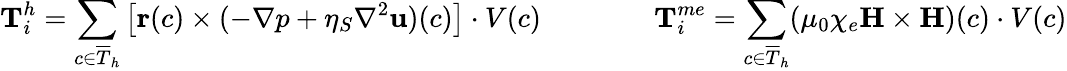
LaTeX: \textbf{T}_{i}^{h}=\sum_{c\in\overline{{T}}_{h}}\left[\textbf{r}(c)\times(-\nabla p+\eta_{S}\nabla^{2}\textbf{u})(c)\right]\cdot V(c)\qquad\qquad\textbf{T}_{i}^{me}=\sum_{c\in\overline{{T}}_{h}}(\mu_{0}\chi_{e}\textbf{H}\times\textbf{H})(c)\cdot V(c)